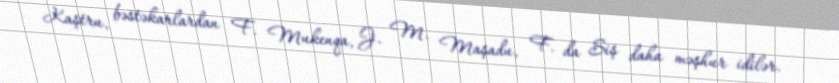
Kaştru, bəstəkarlardan F. Mukenqa, J. M. Maşadu, F. da Siş daha məşhur idilər.